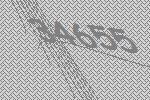
34655